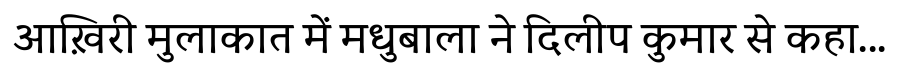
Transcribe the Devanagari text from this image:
आख़िरी मुलाकात में मधुबाला ने दिलीप कुमार से कहा...